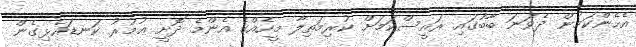
އެހެންކަމުން ދެވަނަ ބާބުގައި ރައީސްކަމަށް ކުރިމަތިލާ މީހެއްގެ އެންމެ ދޮށީ ޢުމުރު ކަނޑައެޅިގެން